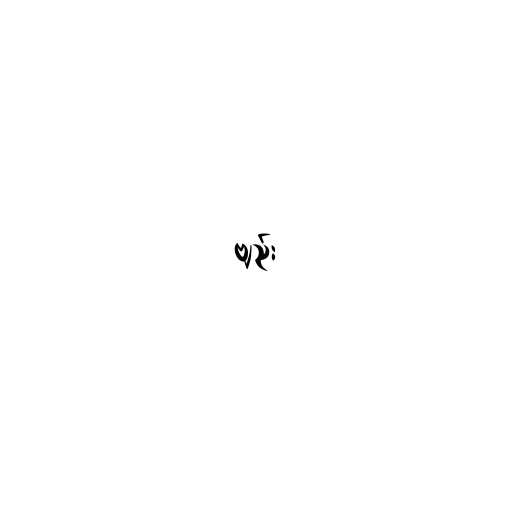
ဗျည်း